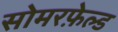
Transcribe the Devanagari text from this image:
सोमरफ़ेल्ड